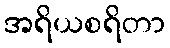
အရိယစရိတာ